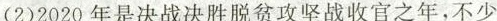
(2)2020年是决战决胜脱贫攻坚战收官之年，不少